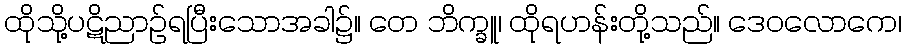
ထိုသို့ပဋိညာဉ်ရပြီးသောအခါ၌။ တေ ဘိက္ခူ၊ ထိုရဟန်းတို့သည်။ ဒေဝလောကေ၊